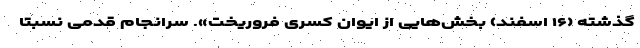
گذشته (۱۶ اسفند) بخش‌هایی از ایوان کسری فروریخت». سرانجام قدمی نسبتا